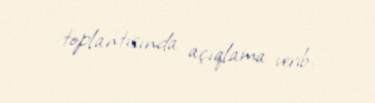
toplantısında açıqlama verib.